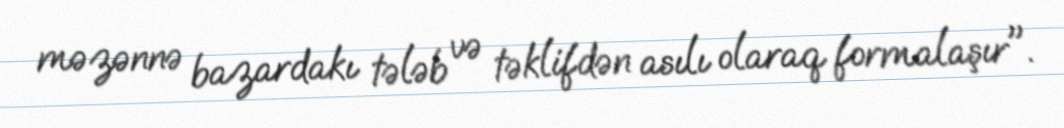
məzənnə bazardakı tələb və təklifdən asılı olaraq formalaşır".